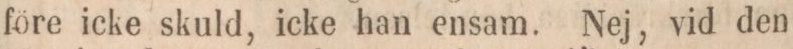
före icke skuld, icke han ensam. Nej, vid den